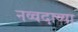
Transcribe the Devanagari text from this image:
नव्वदाव्या